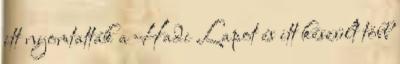
itt nyomtatták a Hadi Lapot és itt készült több